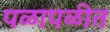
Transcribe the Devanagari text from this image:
पळापळीत